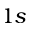
1 s